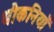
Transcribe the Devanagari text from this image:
धौकनियाँ